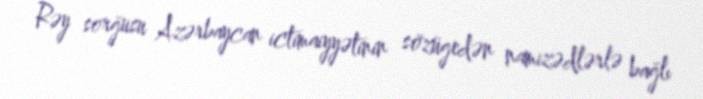
Rəy sorğusu Azərbaycan ictimaiyyətinin sözügedən namizədlərlə bağlı